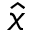
\hat { x }